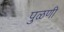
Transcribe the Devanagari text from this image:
पुळणी